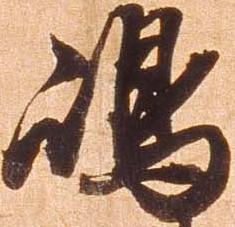
嶋